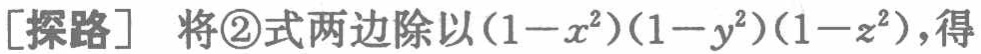
[探路] 将\textcircled{2}式两边除以\((1 - x^{2})(1 - y^{2})(1 - z^{2})\)，得